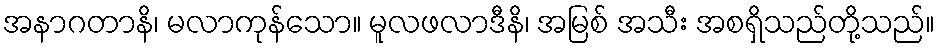
အနာဂတာနိ၊ မလာကုန်သော။ မူလဖလာဒီနိ၊ အမြစ် အသီး အစရှိသည်တို့သည်။